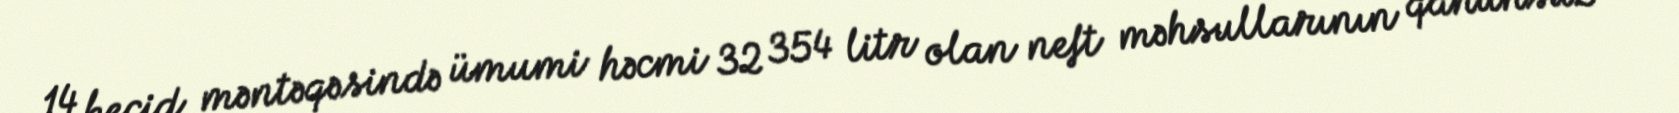
14 keçid məntəqəsində ümumi həcmi 32 354 litr olan neft məhsullarının qanunsuz